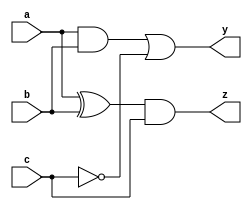
module combinational_logic (
    input wire a,
    input wire b,
    input wire c,
    output reg y,
    output reg z
);

    // Combinational logic represented using an always block
    always @ (a, b, c) begin
        // Example logic: 
        // y = (a AND b) OR (NOT c)
        y = (a & b) | (~c);
        
        // Example logic for z: 
        // z = (a XOR b) AND c
        z = (a ^ b) & c;
    end

endmodule